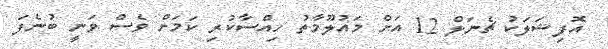
އޮފިޝަލަކު ޗެނަލް 12 އަށް މައުލޫމާތު ހިއްސާކުރި ކަމަށް ވެސް ވަނީ ބުނެފަ